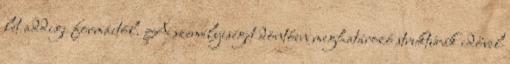
lét addigi formáitól. A személyiséget döntően meghatározó struktúrák idővel